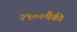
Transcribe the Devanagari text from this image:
२९००पैकी